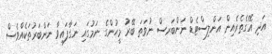
އަދި އޭގެތެރެއިން އަންލިސްޓެޑް ނަންބަރސް ނުވަތަ ބޭރު މީހުންގެ ނަމުގައި ނަގާފައިވާ ނަންބަރުތަކެއްވެސް